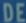
DDEEE